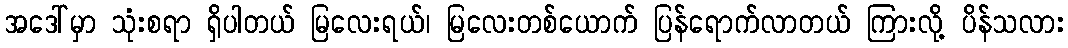
အဒေါ်မှာ သုံးစရာ ရှိပါတယ် မြလေးရယ်၊ မြလေးတစ်ယောက် ပြန်ရောက်လာတယ် ကြားလို့ ပိန်သလား